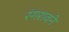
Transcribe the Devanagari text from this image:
रंगरावने